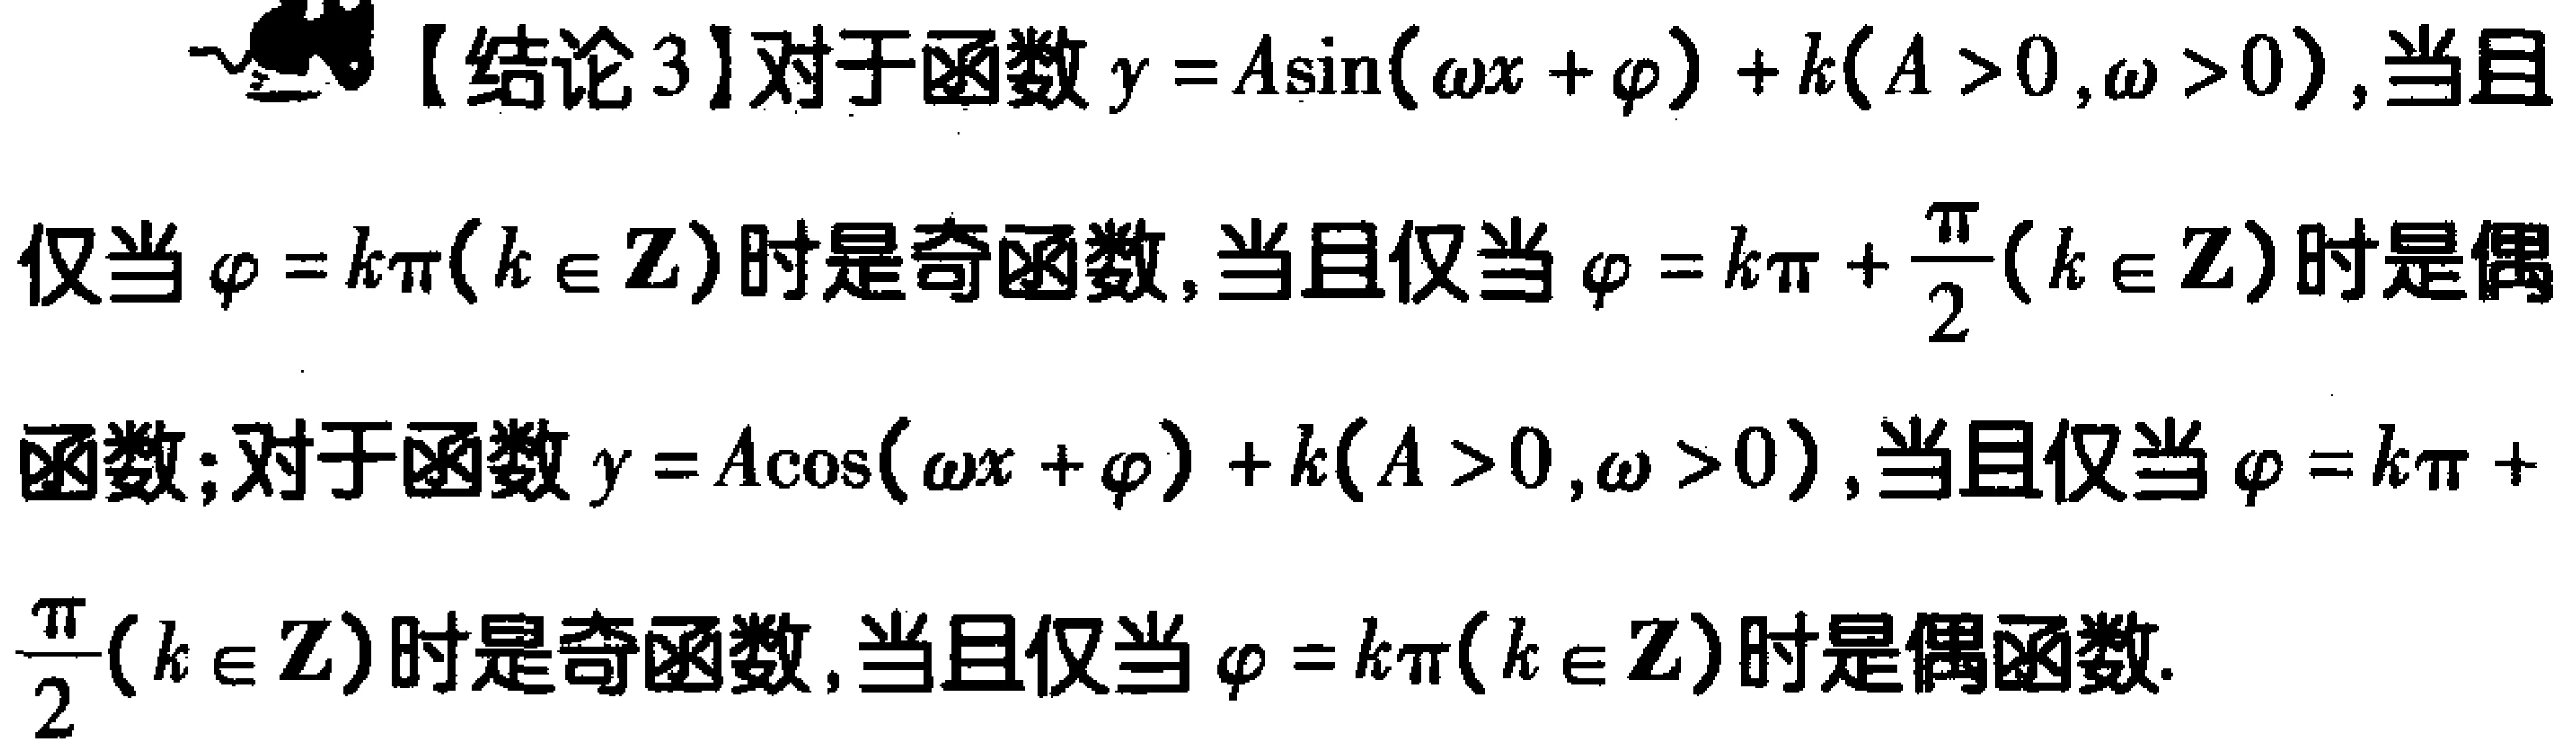
【结论3】对于函数\(y = A\sin(\omega x+\varphi)+k(A > 0,\omega>0)\)，当且仅当\(\varphi = k\pi(k\in\mathbf{Z})\)时是奇函数，当且仅当\(\varphi = k\pi+\frac{\pi}{2}(k\in\mathbf{Z})\)时是偶函数；对于函数\(y = A\cos(\omega x+\varphi)+k(A > 0,\omega>0)\)，当且仅当\(\varphi = k\pi+\frac{\pi}{2}(k\in\mathbf{Z})\)时是奇函数，当且仅当\(\varphi = k\pi(k\in\mathbf{Z})\)时是偶函数.